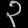
Digit: ၃